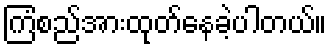
ကြံစည်အားထုတ်နေခဲ့ပါတယ်။